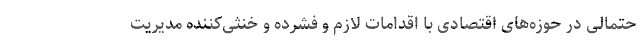
حتمالی در حوزه‌های اقتصادی با اقدامات لازم و فشرده و خنثی‌کننده مدیریت